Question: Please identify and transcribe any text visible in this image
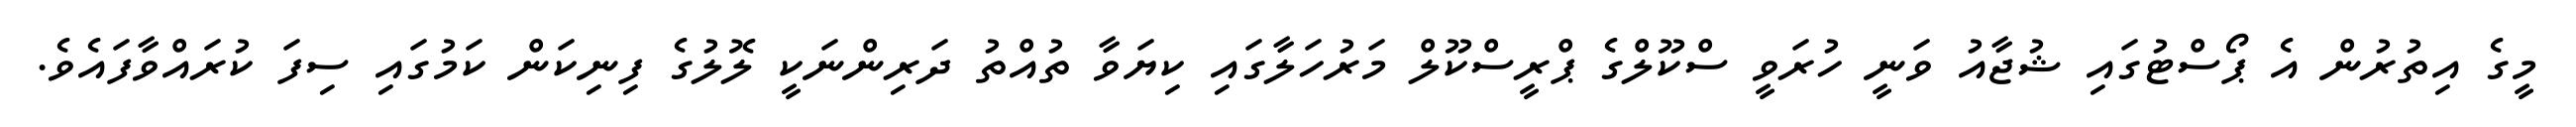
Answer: މީގެ އިތުރުން އެ ޕޯސްޓުގައި ޝުޖާއު ވަނީ ހުރަވީ ސްކޫލްގެ ޕްރީސްކޫލް މަރުހަލާގައި ކިޔަވާ ތުއްތު ދަރިންނަކީ ލޮލުގެ ފިނިކަން ކަމުގައި ސިފަ ކުރައްވާފައެވެ.